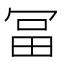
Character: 𠖐